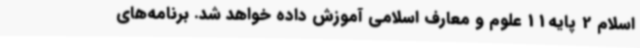
اسلام 2 پایه11 علوم و معارف اسلامی آموزش داده خواهد شد. برنامه‌های